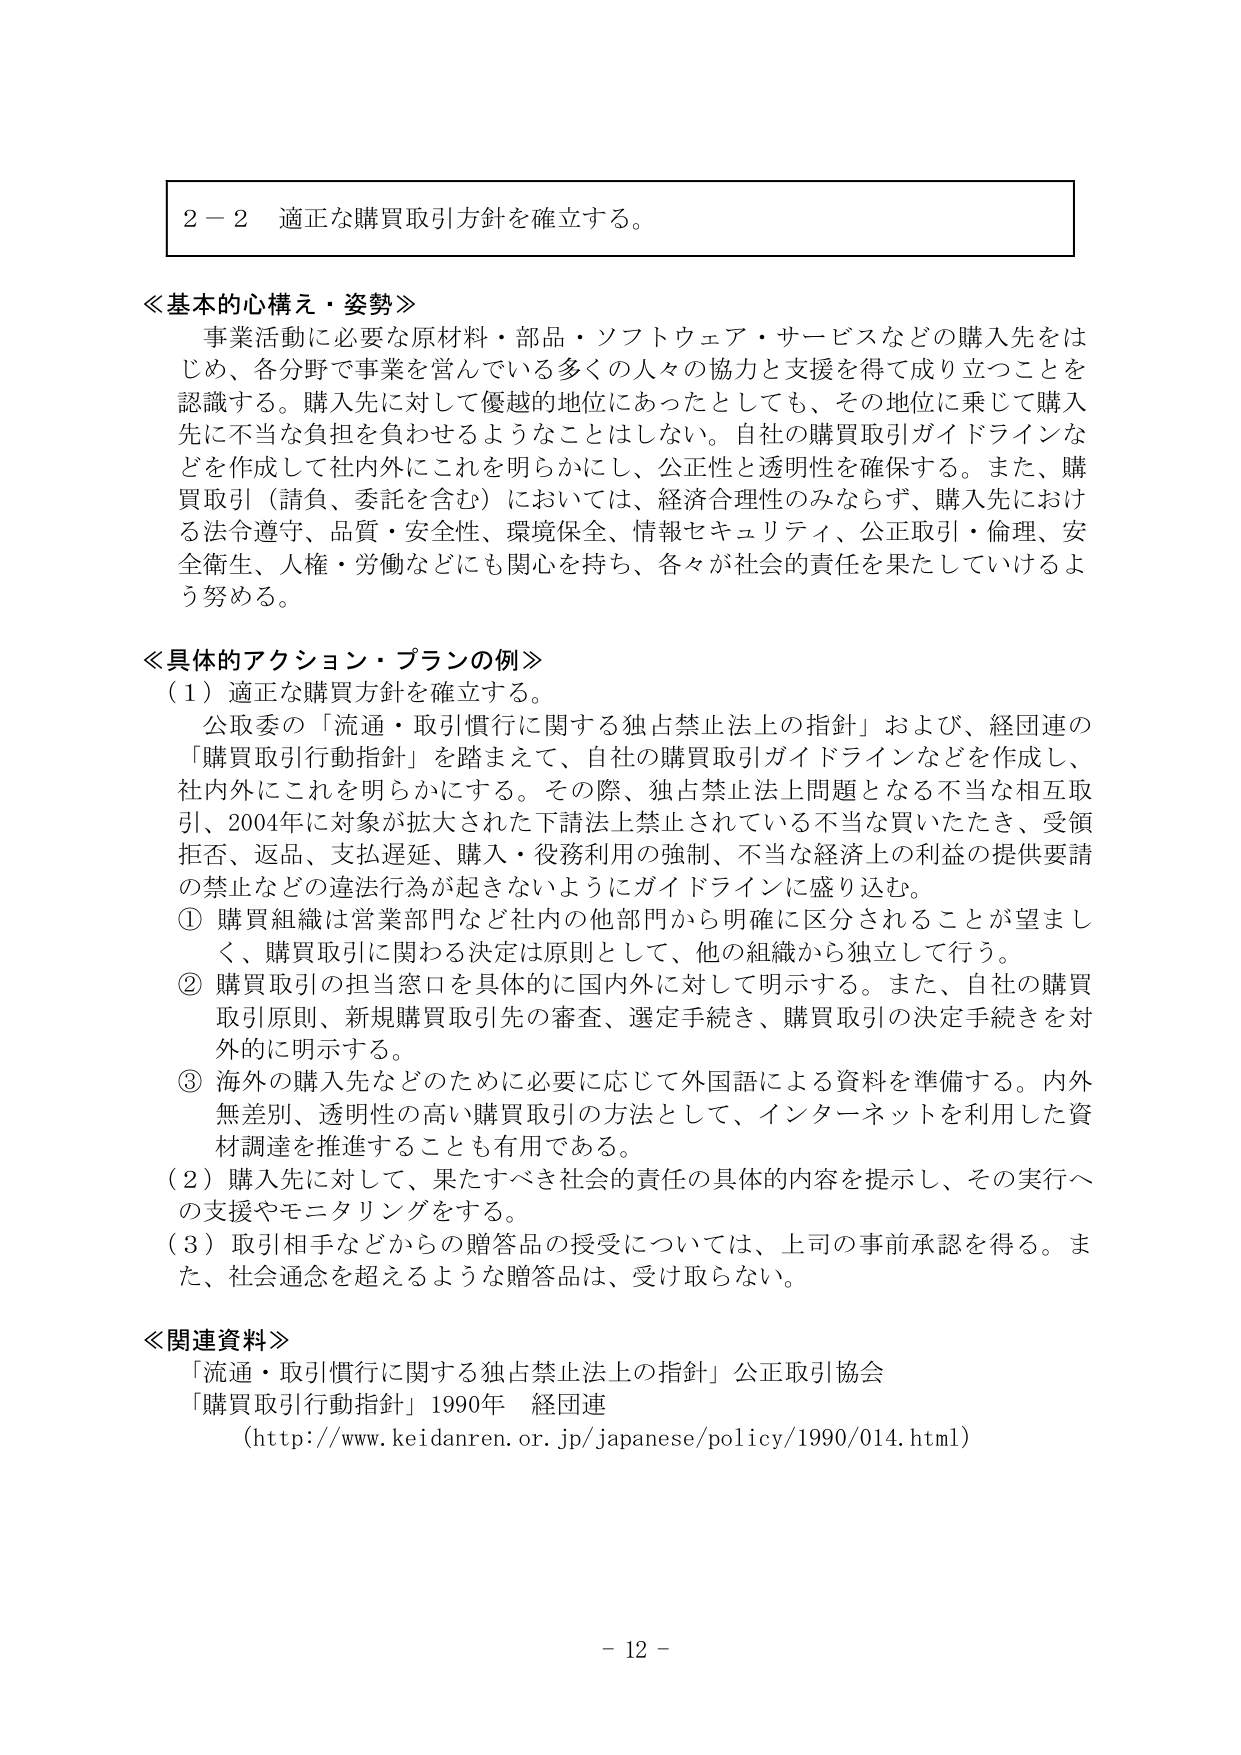
2－2 適正な購買取引方針を確立する。

≪基本的心構え・姿勢≫
事業活動に必要な原材料・部品・ソフトウェア・サービスなどの購入先をはじめ、各分野で事業を営んでいる多くの人々の協力と支援を得て成り立つことを認識する。購入先に対して優越的地位にあったとしても、その地位に乗じて購入先に不当な負担を負わせるようなことはしない。自社の購買取引ガイドラインなどを作成して社内外にこれを明らかにし、公正性と透明性を確保する。また、購買取引（請負、委託を含む）においては、経済合理性のみならず、購入先における法令遵守、品質・安全性、環境保全、情報セキュリティ、公正取引・倫理、安全衛生、人権・労働などにも関心を持ち、各々が社会的責任を果たしていけるよう努める。

≪具体的アクション・プランの例≫
（1）適正な購買方針を確立する。
公取委の「流通・取引慣行に関する独占禁止法上の指針」および、経団連の「購買取引行動指針」を踏まえて、自社の購買取引ガイドラインなどを作成し、社内外にこれを明らかにする。その際、独占禁止法上問題となる不当な相互取引、2004年に対象が拡大された下請法上禁止されている不当な買いたたき、受領拒否、返品、支払遅延、購入・役務利用の強制、不当な経済上の利益の提供要請の禁止などの違法行為が起きないようにガイドラインに盛り込む。
① 購買組織は営業部門など社内の他部門から明確に区分されることが望ましく、購買取引に関わる決定は原則として、他の組織から独立して行う。
② 購買取引の担当窓口を具体的に国内外に対して明示する。また、自社の購買取引原則、新規購買取引先の審査、選定手続き、購買取引の決定手続きを対外的に明示する。
③ 海外の購入先などのために必要に応じて外国語による資料を準備する。内外無差別、透明性の高い購買取引の方法として、インターネットを利用した資料調達を推進することも有用である。
（2）購入先に対して、果たすべき社会的責任の具体的な内容を提示し、その実行への支援やモニタリングをする。
（3）取引相手などからの贈答品の授受については、上司の事前承認を得る。また、社会通念を超えるような贈答品は、受け取らない。

≪関連資料≫
「流通・取引慣行に関する独占禁止法上の指針」公正取引協会
「購買取引行動指針」1990年 経団連
（http://www.keidanren.or.jp/japanese/policy/1990/014.html）

－ 12 －